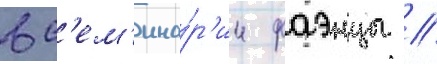
в с'ем'ина́р'ии фаэнцы /